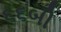
૬૬બી